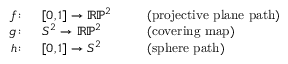
{ \begin{array} { r l r l } { f \colon \, } & { [ 0 , 1 ] \to \mathbb { R P } ^ { 2 } } & & { \ { \mathrm { ~ ( p r o j e c t i v e ~ p l a n e ~ p a t h ) } } } \\ { g \colon \, } & { S ^ { 2 } \to \mathbb { R P } ^ { 2 } } & & { \ { \mathrm { ~ ( c o v e r i n g ~ m a p ) } } } \\ { h \colon \, } & { [ 0 , 1 ] \to S ^ { 2 } } & & { \ { \mathrm { ~ ( s p h e r e ~ p a t h ) } } } \end{array} }